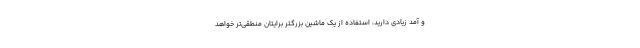
و آمد زیادی دارید، استفاده از یک ماشین بزرگتر برایتان منطقی‌تر خواهد